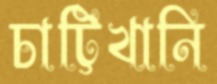
চাট্টিখানি